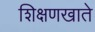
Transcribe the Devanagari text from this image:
शिक्षणखाते